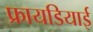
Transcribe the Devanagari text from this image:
फ्रायडियाई